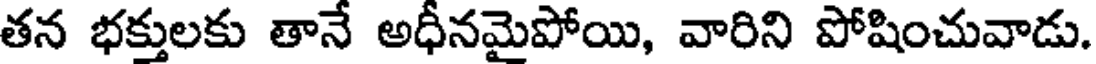
తన భక్తులకు తానే అధీనమైపోయి, వారిని పోషించువాడు.